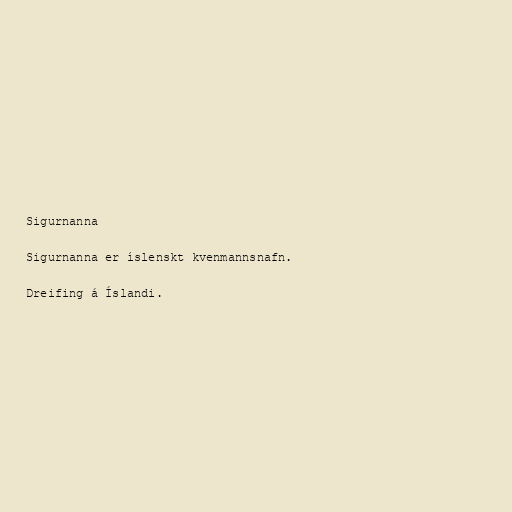
Sigurnanna

Sigurnanna er íslenskt kvenmannsnafn.

Dreifing á Íslandi.